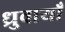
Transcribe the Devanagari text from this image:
ध्रुवायाँ